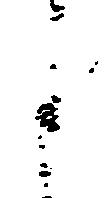
之